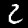
Digit: 2